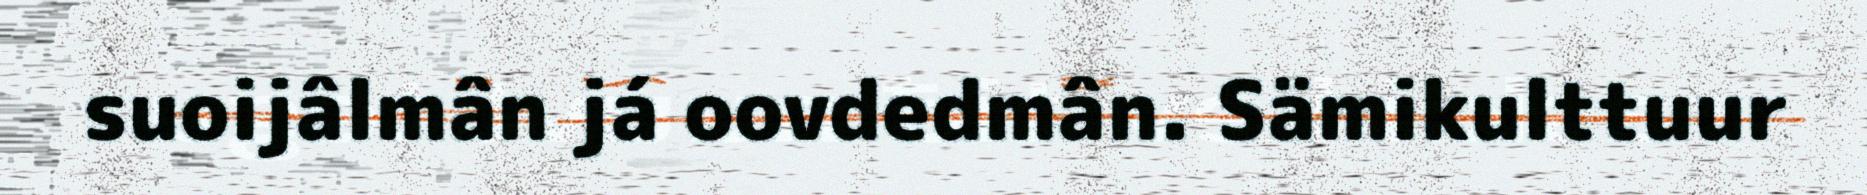
suoijâlmân já oovdedmân. Sämikulttuur